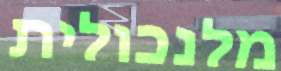
מלנכולית